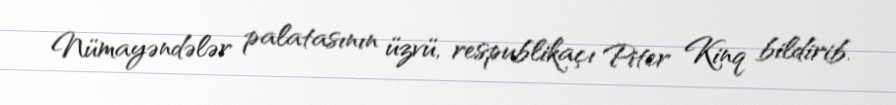
Nümayəndələr palatasının üzvü, respublikaçı Piter Kinq bildirib.